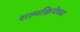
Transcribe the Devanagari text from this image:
शल्यक्रियेच्या